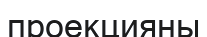
проекцияны